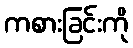
ကစားခြင်းကို